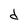
Character: d